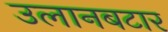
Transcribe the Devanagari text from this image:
उलानबटार